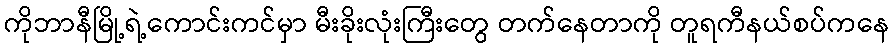
ကိုဘာနီမြို့ရဲ့ကောင်းကင်မှာ မီးခိုးလုံးကြီးတွေ တက်နေတာကို တူရကီနယ်စပ်ကနေ